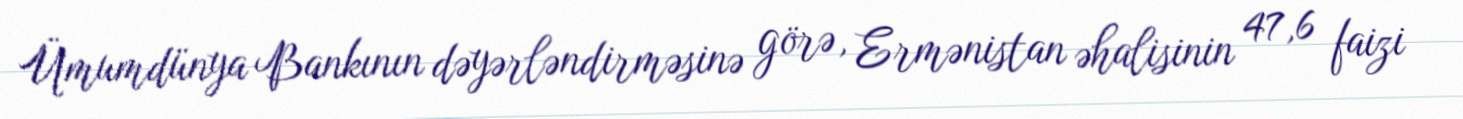
Ümumdünya Bankının dəyərləndirməsinə görə, Ermənistan əhalisinin 47,6 faizi